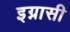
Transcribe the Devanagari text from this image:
इग्नासी